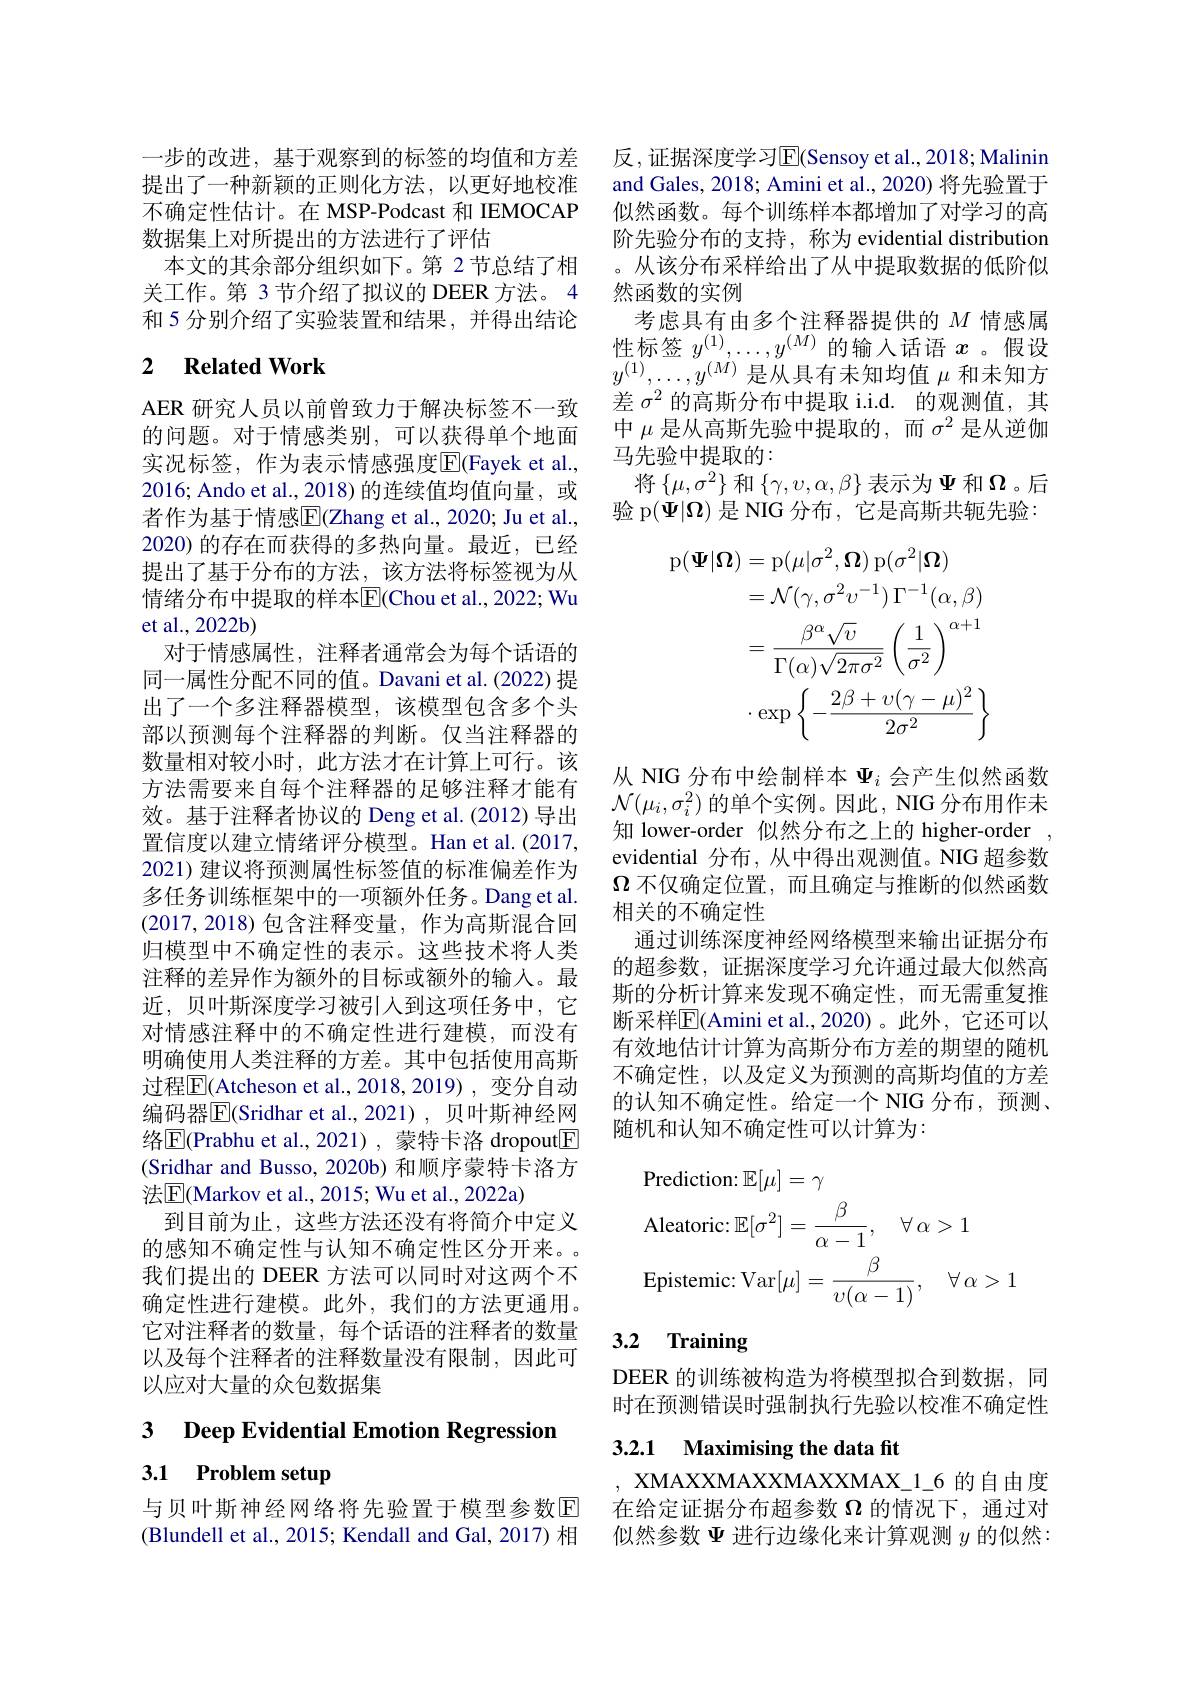
一步的改进，基于观察到的标签的均值和方差提出了一种新颖的正则化方法，以更好地校准不确定性估计。在 MSP-Podcast 和 IEMOCAP 数据集上对所提出的方法进行了评估
本文的其余部分组织如下。第 2节总结了相关工作。第 3 节介绍了拟议的 DEER 方法。4和 5 分别介绍了实验装置和结果，并得出结论

## 2 $\textbf{Related Work}$

AER 研究人员以前曾致力于解决标签不一致的问题。对于情感类别，可以获得单个地面实况标签，作为表示情感强度$\overline{\mathrm{E}}$(Fayek et al., 2016; Ando et al., 2018)的连续值均值向量，或者作为基于情感$\overline{\mathrm{E}}($Zhang et al., 2020; Ju et al., 2020) 的存在而获得的多热向量。最近，已经提出了基于分布的方法，该方法将标签视为从情绪分布中提取的样本$\overline{\mathrm{E}}($Chou et al., 2022; Wu et al., 2022b)
对于情感属性，注释者通常会为每个话语的同一属性分配不同的值。Davani et al.(2022) 提出了一个多注释器模型，该模型包含多个头部以预测每个注释器的判断。仅当注释器的数量相对较小时，此方法才在计算上可行。该方法需要来自每个注释器的足够注释才能有效。基于注释者协议的 Deng et al.(2012)导出置信度以建立情绪评分模型。Han et al.(2017, 2021) 建议将预测属性标签值的标准偏差作为多任务训练框架中的一项额外任务。Dang et al. (2017,2018)包含注释变量，作为高斯混合回归模型中不确定性的表示。这些技术将人类注释的差异作为额外的目标或额外的输入。最近，贝叶斯深度学习被引入到这项任务中，它对情感注释中的不确定性进行建模，而没有明确使用人类注释的方差。其中包括使用高斯过程$\overline{\mathbb{E}}($Atcheson et al.,2018,2019),变分自动编码器$|\mathbb{E}|($Sridhar et al.,2021), 贝叶斯神经网络$\boxed{\mathrm{E}}($Prabhu et al.,2021), 蒙特卡洛 dropout$\boxed{\mathrm{F}}$ (Sridhar and Busso, 2020b) 和顺序蒙特卡洛方法|E|Markov et al., 2015; Wu et al., 2022a)
到目前为止，这些方法还没有将简介中定义的感知不确定性与认知不确定性区分开来。我们提出的 DEER 方法可以同时对这两个不确定性进行建模。此外，我们的方法更通用。它对注释者的数量，每个话语的注释者的数量以及每个注释者的注释数量没有限制，因此可以应对大量的众包数据集

3 Deep Evidential Emotion Regression

# 3.1 Problem setup

与贝叶斯神经网络将先验置于模型参数$\mathbb{E}$ (Blundell et al., 2015; Kendall and Gal, 2017) 相

反，证据深度学习$\overline{\mathrm{E}}$(Sensoy et al., 2018; Malinin and Gales, 2018; Amini et al., 2020) 将先验置于似然函数。每个训练样本都增加了对学习的高阶先验分布的支持，称为 evidential distribution 。从该分布采样给出了从中提取数据的低阶似然函数的实例
考虑具有由多个注释器提供的$M$情感属性标签$y^{(1)},\ldots,y^{(M)}$的输入话语$x$。假设$y^{(1)},\ldots,y^{(M)}$是从具有未知均值$\mu$和未知方差$\sigma^2$的高斯分布中提取 i.i.d. 的观测值，其中$\mu$是从高斯先验中提取的，而$\sigma^2$是从逆伽马先验中提取的：
将$\left\{\mu,\sigma^2\right\}$和$\left\{\gamma,v,\alpha,\beta\right\}$表示为$\Psi$和$\Omega$。后验 p$(\Psi|\Omega)$是 NIG 分布，它是高斯共轭先验：
$$\begin{aligned}\mathrm{p}(\boldsymbol{\Psi}|\boldsymbol{\Omega})&=\mathrm{p}(\mu|\sigma^{2},\boldsymbol{\Omega})\:\mathrm{p}(\sigma^{2}|\boldsymbol{\Omega})\\&=\mathcal{N}(\gamma,\sigma^{2}v^{-1})\:\Gamma^{-1}(\alpha,\beta)\\&=\frac{\beta^{\alpha}\sqrt{v}}{\Gamma(\alpha)\sqrt{2\pi\sigma^{2}}}\left(\frac{1}{\sigma^{2}}\right)^{\alpha+1}\\&\cdot\exp\left\{-\frac{2\beta+\upsilon(\gamma-\mu)^{2}}{2\sigma^{2}}\right\}\end{aligned}$$
从 NIG 分布中绘制样本$\Psi_i$会产生似然函数$\mathcal{N}(\mu_{i},\sigma_{i}^{2})$的单个实例。因此，NIG 分布用作未知 lower-order 似然分布之上的 higher-order , evidential 分布，从中得出观测值。NIG 超参数$\Omega$不仅确定位置，而且确定与推断的似然函数相关的不确定性
通过训练深度神经网络模型来输出证据分布的超参数，证据深度学习允许通过最大似然高斯的分析计算来发现不确定性，而无需重复推断采样$\overline{\mathbb{E}}($Amini et al.,2020)。此外，它还可以有效地估计计算为高斯分布方差的期望的随机不确定性，以及定义为预测的高斯均值的方差的认知不确定性。给定一个 NIG 分布，预测、 随机和认知不确定性可以计算为：
$$\begin{aligned}&\text{Prediction: }\mathbb{E}[\mu]=\gamma\\&\text{Aleatoric: }\mathbb{E}[\sigma^{2}]=\frac{\beta}{\alpha-1},\quad\forall\:\alpha>1\\&\text{Epistemic: Var}[\mu]=\frac{\beta}{\upsilon(\alpha-1)},\quad\forall\:\alpha>1\end{aligned}$$
# 3.2 Training

DEER 的训练被构造为将模型拟合到数据，同时在预测错误时强制执行先验以校准不确定性

## 3.2.1 Maximising the data fit

, XMAXXMAXXMAXXMAX\_1\_6 的自由度在给定证据分布超参数$\Omega$的情况下，通过对似然参数$\Psi$进行边缘化来计算观测$y$的似然：